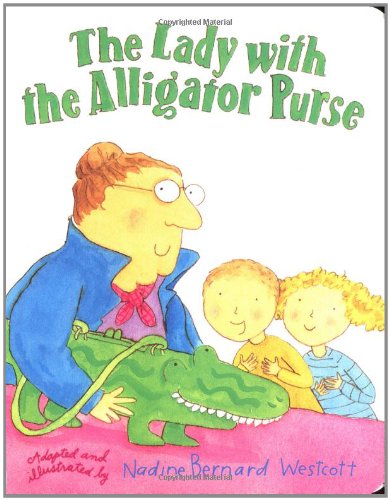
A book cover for The Lady with the Alligator Purse; Nadine Bernard Westcott; Children's Books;